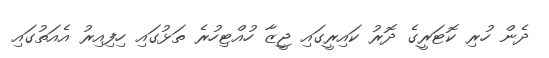
ދެން ހުރި ކޮޓަރީގެ ދޮރު ކައިރީގައި ޖީޒާ ހުއްޓިހުރެ ތަޅުގައި ހިފިއިރު އެއަތުގައި